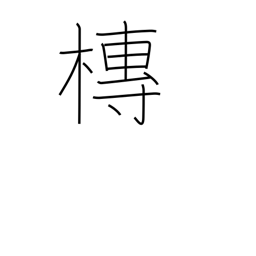
Meaning: hearse